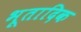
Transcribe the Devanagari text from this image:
भूतादिक